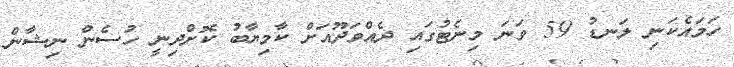
ހަމައެކަނި ލަނޑު 59 ވަނަ މިނެޓުގައި ދެއްވަދޫއަށް ކާމިޔާބު ކޮށްދިނީ ހުސެން ނިޝާން